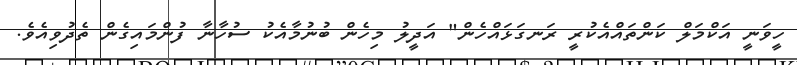
ހީވަނީ އަކްމަލް ކަންތައްއެކުރީ ރަނގަޅައްހެން" އަދީލު މިހެން ބުނުމާއެކު ސުހާނާ ފުންމައިގެން ތެދުވިއެވެ.